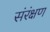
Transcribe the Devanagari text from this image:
संरंक्षण